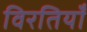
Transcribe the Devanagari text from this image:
विरतियाँ